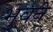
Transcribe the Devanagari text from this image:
भुवने